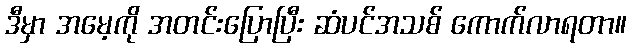
ဒီမှာ အမေ့ကို အတင်းပြောပြီး ဆံပင်အသစ် ကောက်လာရတာ။